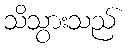
သိသွားသည်